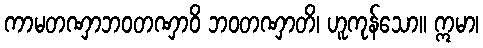
ကာမတဏှာဘဝတဏှာဝိ ဘဝတဏှာတိ၊ ဟူကုန်သော။ ဣမာ၊